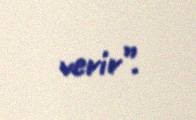
verir”.